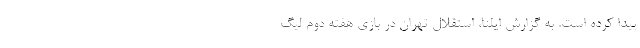
پیدا کرده است. به گزارش ایلنا، استقلال تهران در بازی هفته دوم لیگ